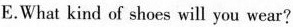
E.What kind of shoes will you wear?